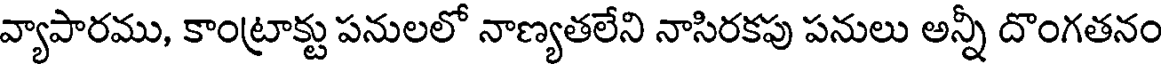
వ్యాపారము, కాంట్రాక్టు పనులలో నాణ్యతలేని నాసిరకపు పనులు అన్నీ దొంగతనం